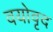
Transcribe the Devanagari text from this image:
वयोवृद